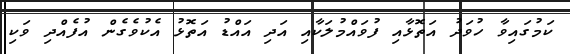
ކަމުގައިވާ ހުވަދު އަތޮޅާއި ފުވައްމުލަކާއި އަދި އައްޑު އަތޮޅު އެކުވެގެން އުފެއްދި ވަކި